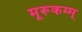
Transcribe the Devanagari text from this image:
मूरूकम्म्